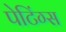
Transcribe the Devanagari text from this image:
पेटिंग्स